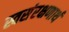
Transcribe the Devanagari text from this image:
स्वसंरक्षणार्थ